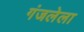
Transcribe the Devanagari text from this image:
गंजलेला